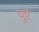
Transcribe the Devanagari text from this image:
पुए